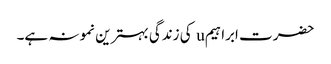
حضرت ابراہیمu کی زندگی بہترین نمونہ ہے۔